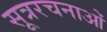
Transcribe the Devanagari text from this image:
सूत्ररचनाओं